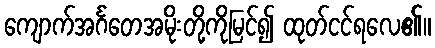
ကျောက်အင်္ဂတေအမိုးတို့ကိုမြင်၍ ထုတ်ငင်ရလေ၏။